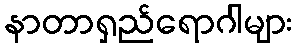
နာတာရှည်ရောဂါများ